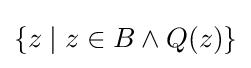
\{z\mid z\in B\land Q(z)\}